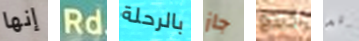
إنها Rd بالرحلة جاز كينغ قد